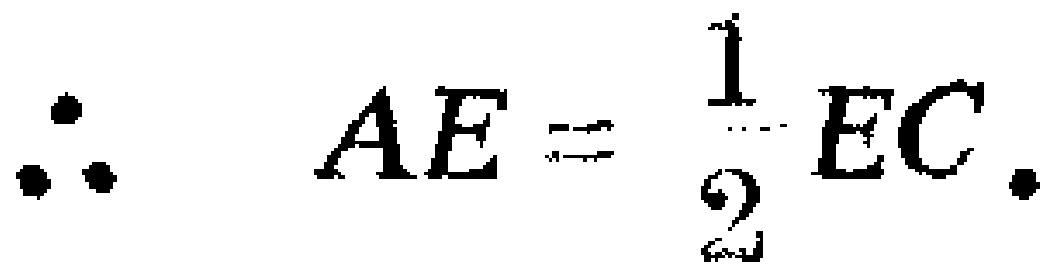
\(\therefore AE = \frac{1}{2}EC.\)